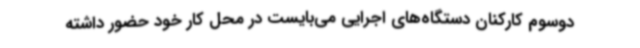
دوسوم کارکنان دستگاه‌های اجرایی می‌بایست در محل کار خود حضور داشته